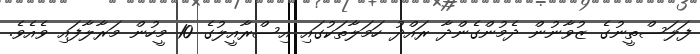
ފަލަސްތީނުގެ ޒުވާނުން ދެމުންގެންދާ ރައްދު ހަމަލާތަކުގައި އިސްރާއީލުގެ 10 މީހުން މަރާލާފައި ވެއެވެ.